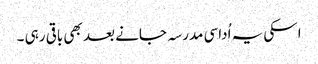
اسکی یہ اُداسی مدرسہ جانے بعد بھی باقی رہی ۔